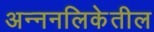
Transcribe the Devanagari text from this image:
अन्ननलिकेतील